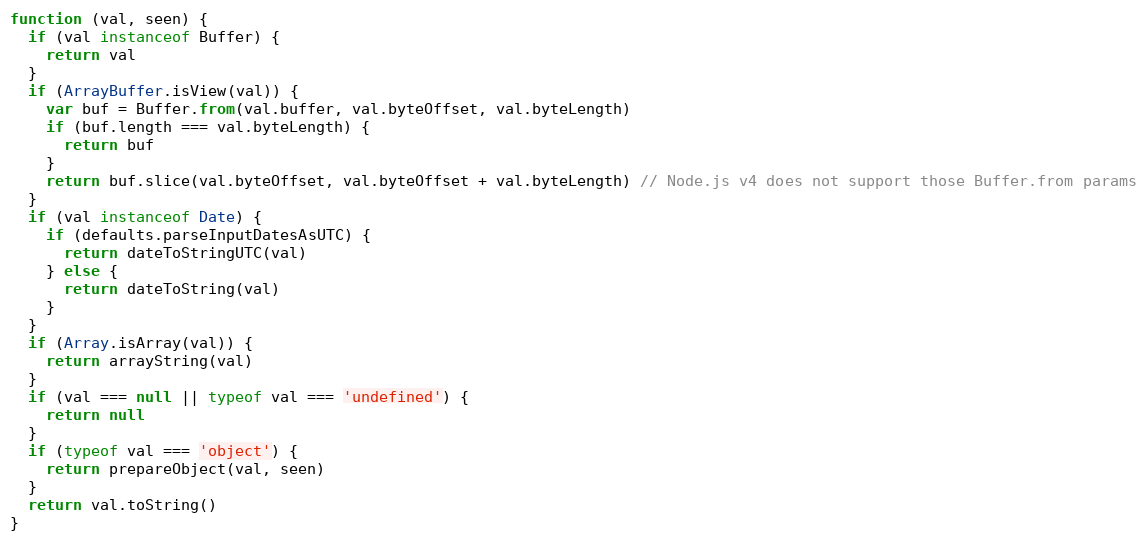
Language: JavaScript
function (val, seen) {
  if (val instanceof Buffer) {
    return val
  }
  if (ArrayBuffer.isView(val)) {
    var buf = Buffer.from(val.buffer, val.byteOffset, val.byteLength)
    if (buf.length === val.byteLength) {
      return buf
    }
    return buf.slice(val.byteOffset, val.byteOffset + val.byteLength) // Node.js v4 does not support those Buffer.from params
  }
  if (val instanceof Date) {
    if (defaults.parseInputDatesAsUTC) {
      return dateToStringUTC(val)
    } else {
      return dateToString(val)
    }
  }
  if (Array.isArray(val)) {
    return arrayString(val)
  }
  if (val === null || typeof val === 'undefined') {
    return null
  }
  if (typeof val === 'object') {
    return prepareObject(val, seen)
  }
  return val.toString()
}